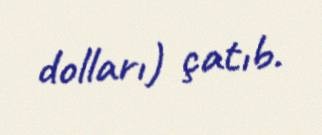
dolları) çatıb.